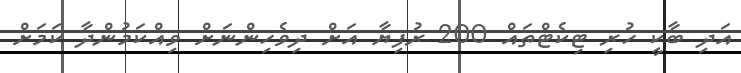
އަދި ބާކީ ހުރި ޓިކެޓްތައް 200 ރުފިޔާ އަށް ދިވެހިންނަށް ވިއްކަމުންދާ ކަމަށް